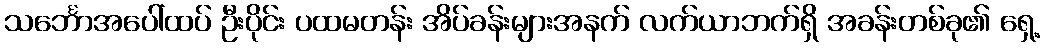
သင်္ဘောအပေါ်ထပ် ဦးပိုင်း ပထမတန်း အိပ်ခန်းများအနက် လက်ယာဘက်ရှိ အခန်းတစ်ခု၏ ရှေ့